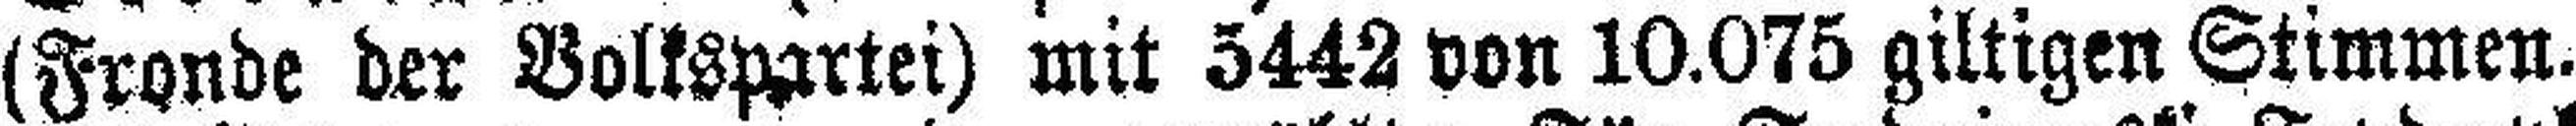
(Fronde der Volkspartei) mit 3442 von 10.075 giltigen Stimmen.